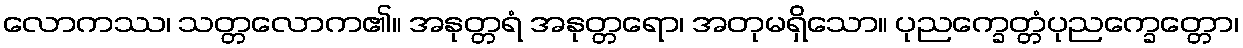
လောကဿ၊ သတ္တလောက၏။ အနုတ္တရံ အနုတ္တရော၊ အတုမရှိသော။ ပုညက္ခေတ္တံပုညက္ခေတ္တော၊